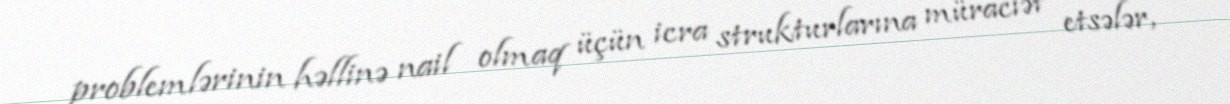
problemlərinin həllinə nail olmaq üçün icra strukturlarına müraciət etsələr,